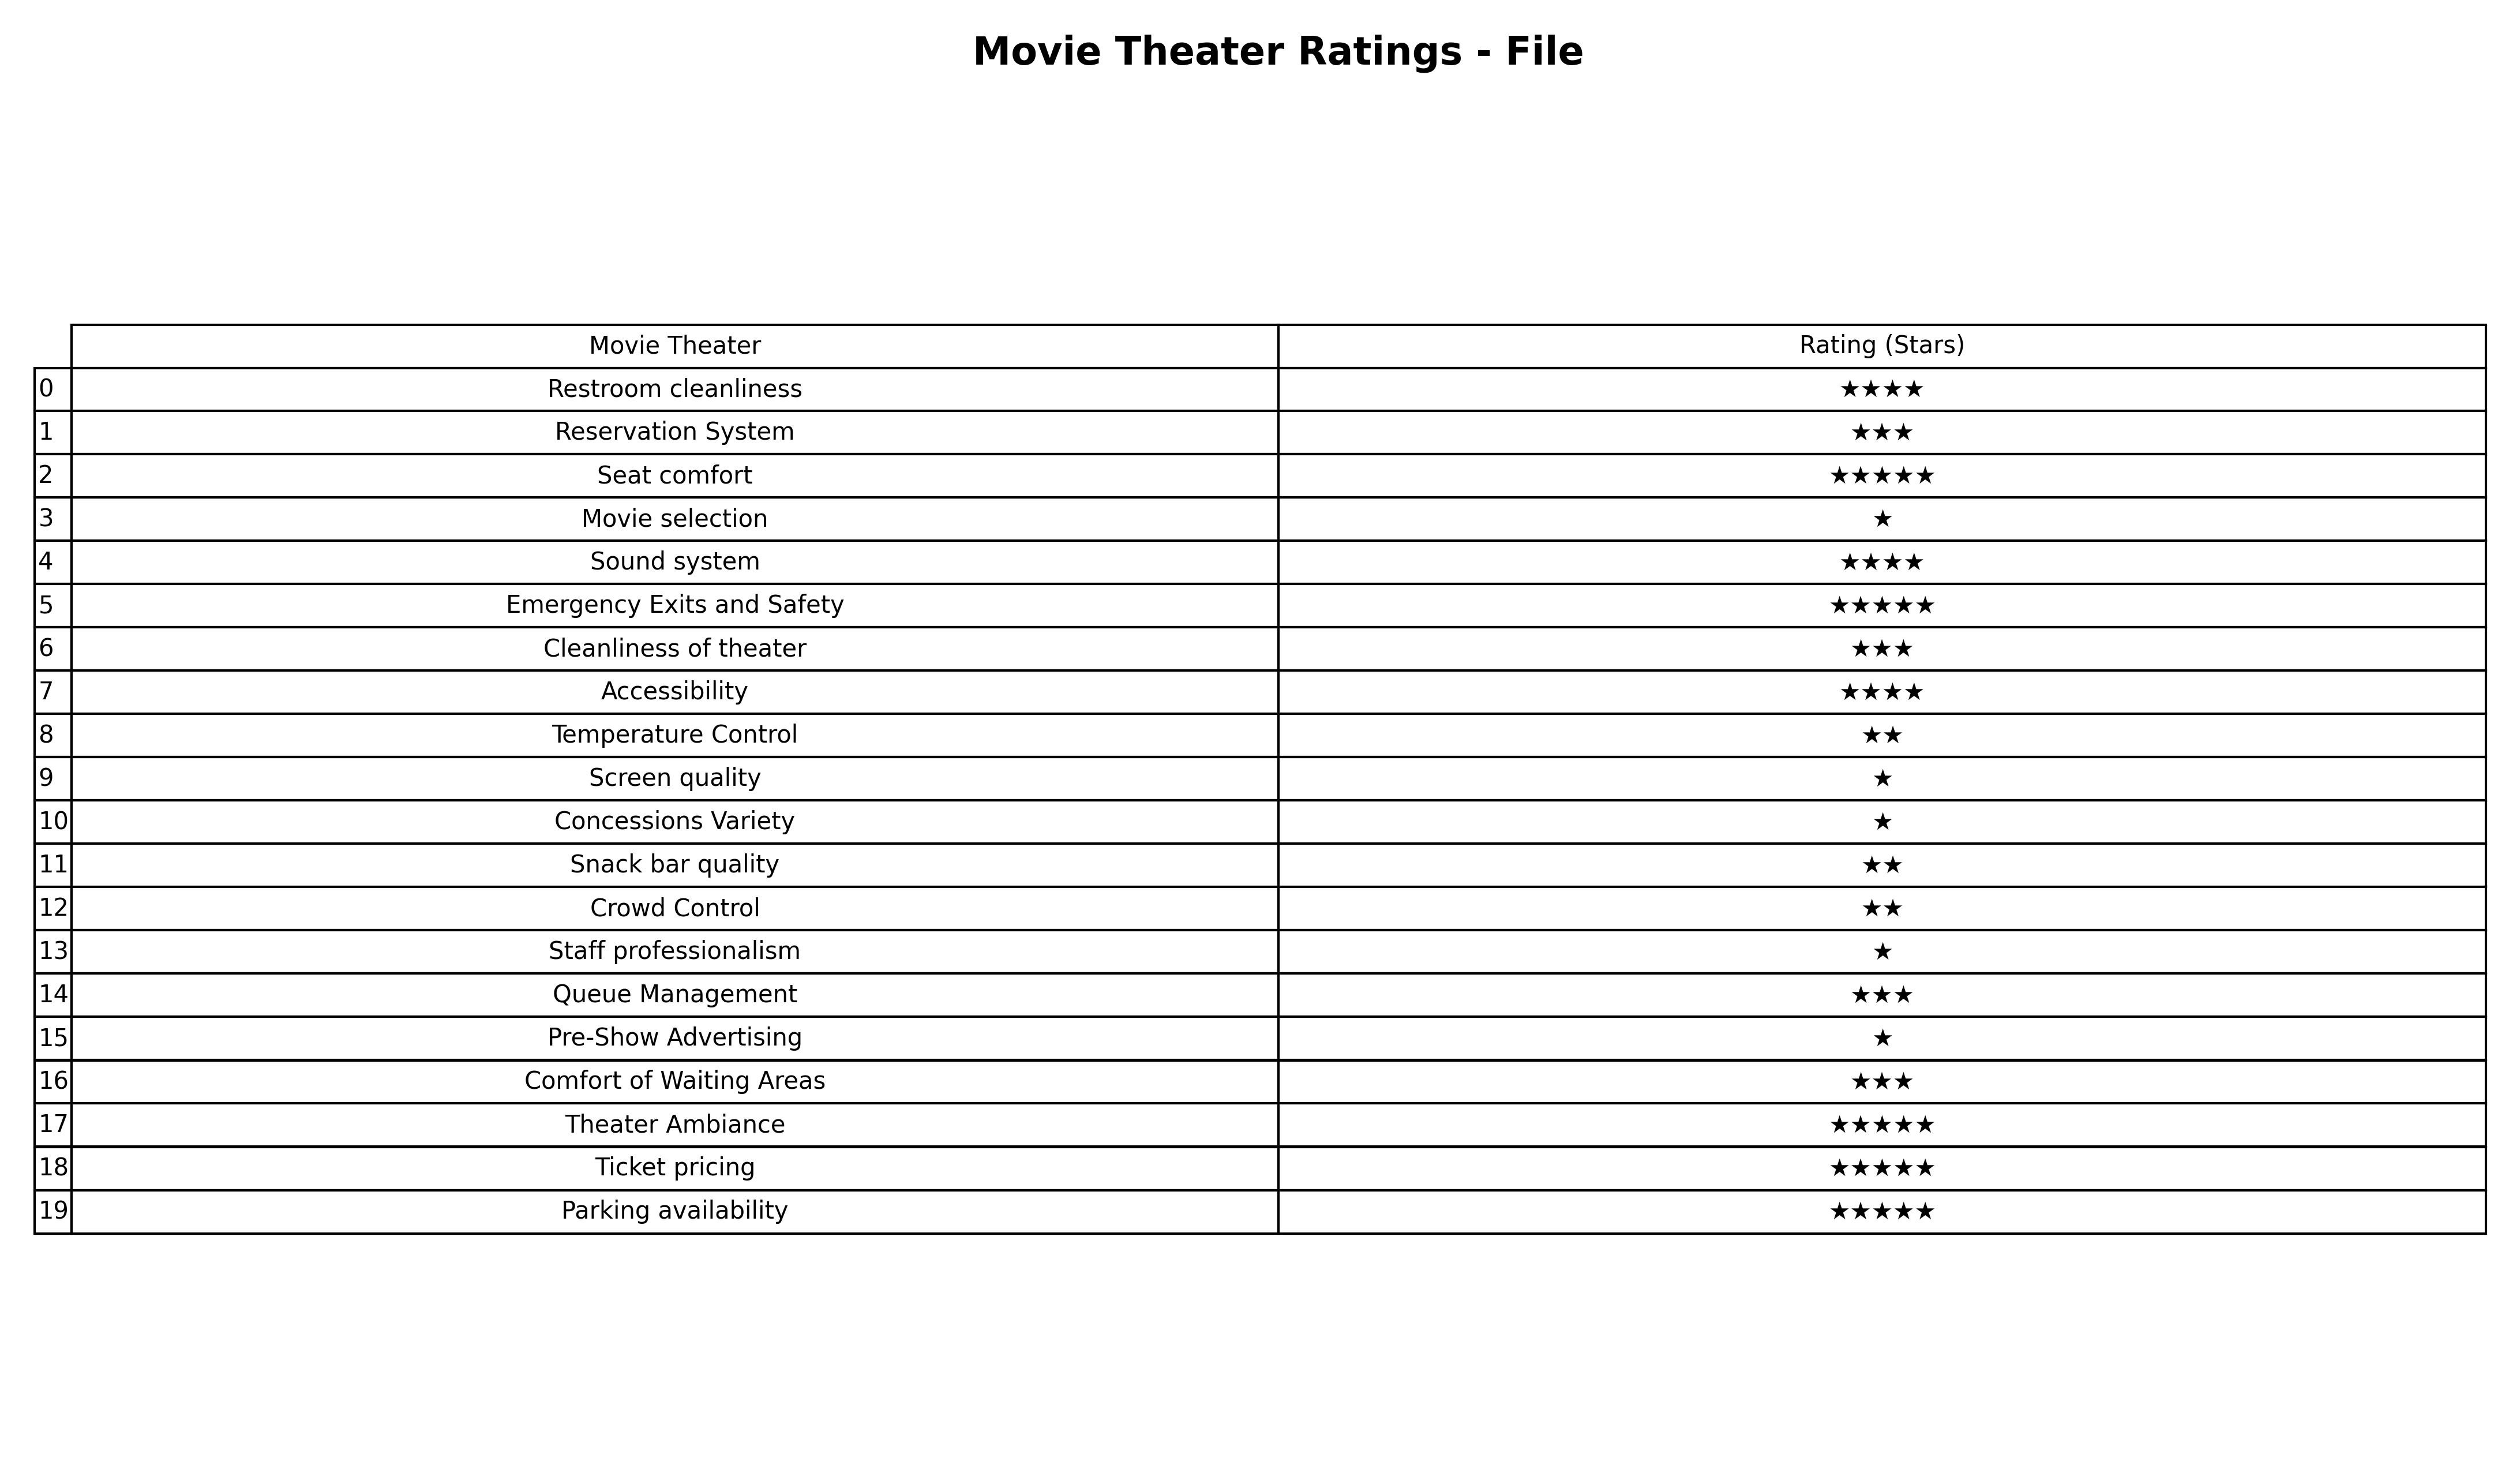
question: What are one star services?
answer: Movie selectionScreen qualityConcessions VarietyStaff professionalismPre-Show Advertising